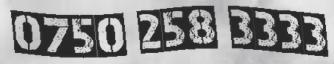
0750 258 3333